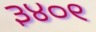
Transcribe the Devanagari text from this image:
३४०९